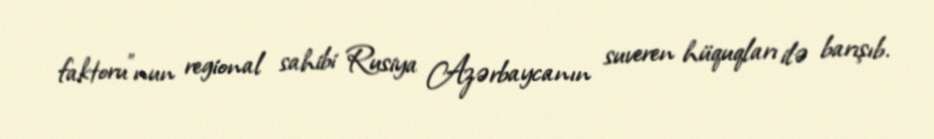
faktoru”nun regional sahibi Rusiya Azərbaycanın suveren hüquqları ilə barışıb.